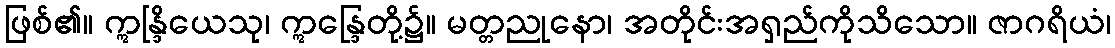
ဖြစ်၏။ ဣန္ဒြိယေသု၊ ဣန္ဒြေတို့၌။ မတ္တညုနော၊ အတိုင်းအရှည်ကိုသိသော။ ဇာဂရိယံ၊